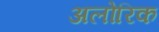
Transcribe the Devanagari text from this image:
अलोरिक